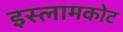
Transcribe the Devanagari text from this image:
इस्लामकोट